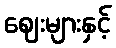
ဈေးများနှင့်